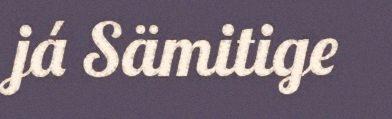
já Sämitige